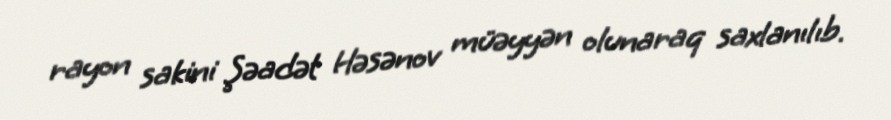
rayon sakini Şəadət Həsənov müəyyən olunaraq saxlanılıb.